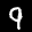
Label: 9